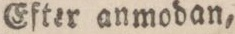
Efter anmodan,